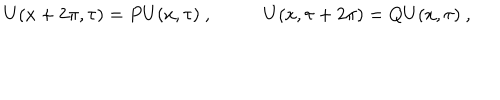
U ( x + 2 \pi , \tau ) = P U ( x , \tau ) ~ , ~ ~ U ( x , \tau + 2 \pi ) = Q U ( x , \tau ) ~ ,